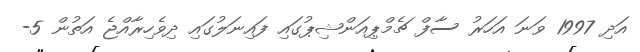
އަދި 1997 ވަނަ އަހަރު ސާފް ޗެމްޕިއަންޝިޕުގައި ފައިނަލުގައި ދިވެހިރާއްޖެ އަތުން 5-